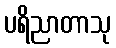
ပရိညာတာသု